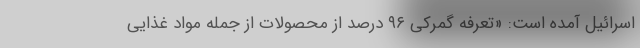
اسرائیل آمده است: «تعرفه گمرکی ۹۶ درصد از محصولات از جمله مواد غذایی